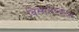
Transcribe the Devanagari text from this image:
विस्सलब्लोअर